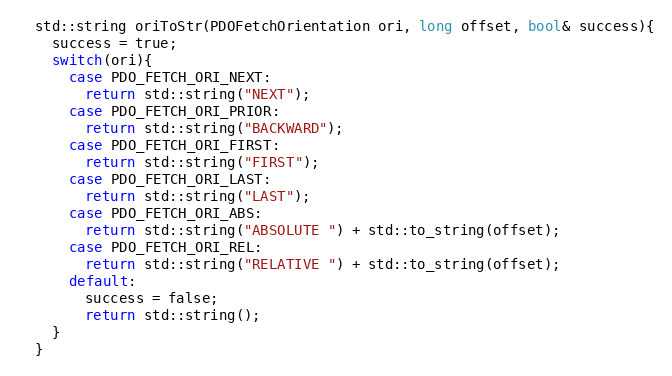
Language: C
  std::string oriToStr(PDOFetchOrientation ori, long offset, bool& success){
    success = true;
    switch(ori){
      case PDO_FETCH_ORI_NEXT:
        return std::string("NEXT");
      case PDO_FETCH_ORI_PRIOR:
        return std::string("BACKWARD");
      case PDO_FETCH_ORI_FIRST:
        return std::string("FIRST");
      case PDO_FETCH_ORI_LAST:
        return std::string("LAST");
      case PDO_FETCH_ORI_ABS:
        return std::string("ABSOLUTE ") + std::to_string(offset);
      case PDO_FETCH_ORI_REL:
        return std::string("RELATIVE ") + std::to_string(offset);
      default:
        success = false;
        return std::string();
    }
  }